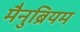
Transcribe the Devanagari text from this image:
मैनुब्रियम